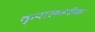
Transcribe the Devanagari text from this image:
कृपास्थलीक